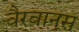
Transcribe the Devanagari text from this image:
वैरवानस